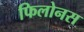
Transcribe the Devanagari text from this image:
फिलोनस